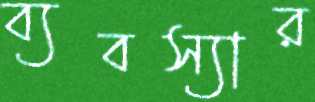
ব্যবস্যার